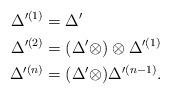
LaTeX: \begin{align*}\Delta'^{(1)}&=\Delta'\\\Delta'^{(2)}&=(\Delta'\otimes)\otimes \Delta'^{(1)}\\\Delta'^{(n)}&=(\Delta'\otimes)\Delta'^{(n-1)}.\end{align*}